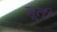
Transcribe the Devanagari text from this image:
मूतीं